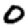
Digit: 0